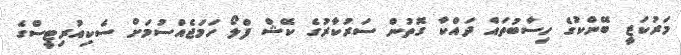
މަރުކަޒީ ބޭންކުގެ ހިސާބުތައް ދައްކާ ގޮތުން ސަރުކާރުގެ ކޭޝް ފްލޯ ހަމަޖެއްސުމަށް ސެކިއުރިޓީސްގެ